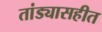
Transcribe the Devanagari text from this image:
तांड्यासहीत